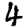
Digit: 4